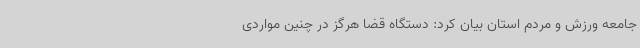
جامعه ورزش و مردم استان بیان کرد: دستگاه قضا هرگز در چنین مواردی